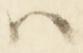
ハ